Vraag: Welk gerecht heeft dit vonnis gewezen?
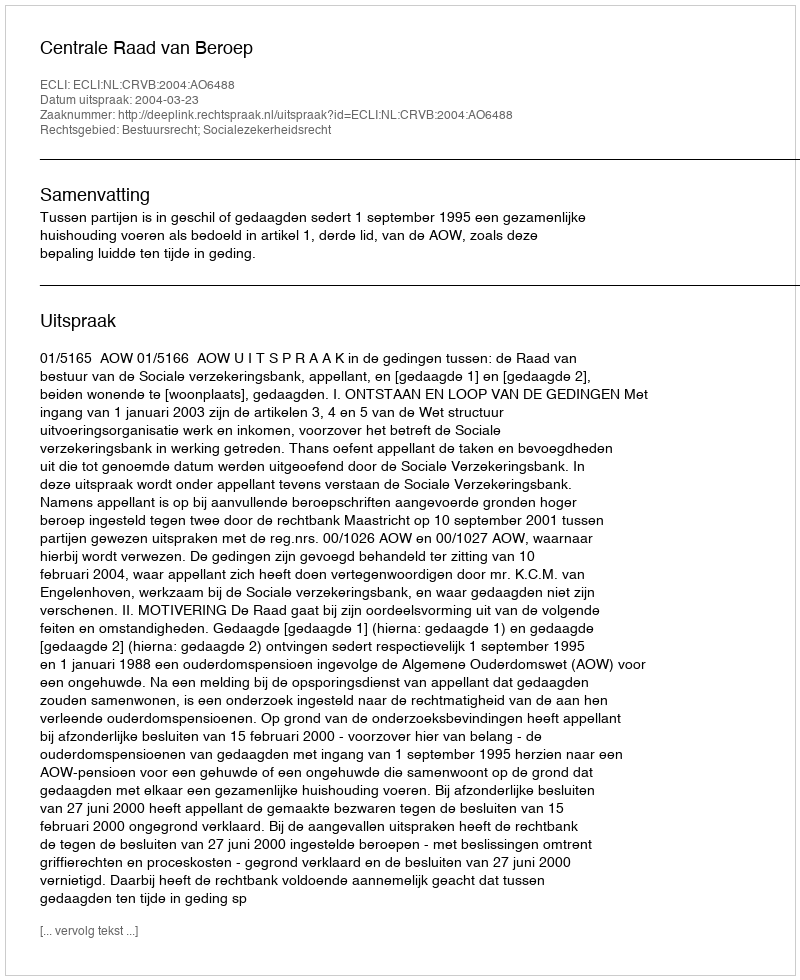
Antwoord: Centrale Raad van Beroep